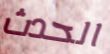
الحدث